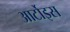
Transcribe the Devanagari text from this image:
आर्टोइस